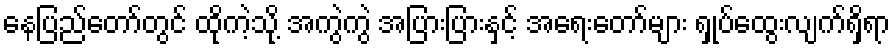
နေပြည်တော်တွင် ထိုကဲ့သို့ အကွဲကွဲ အပြားပြားနှင့် အရေးတော်များ ရှုပ်ထွေးလျက်ရှိရာ